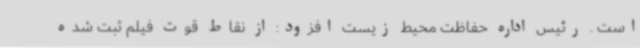
است . رئیس اداره‌ حفاظت‌ محیط‌ زیست افزود: از نقاط قوت فیلم ثبت شده